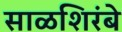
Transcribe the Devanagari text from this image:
साळशिरंबे